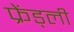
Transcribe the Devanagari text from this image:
फ्रेंड्ली